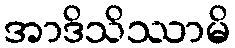
အာဒိသိဿာမိ